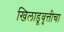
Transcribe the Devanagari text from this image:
खिलाडूवृत्तीचा